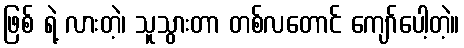
ဖြစ် ရဲ့ လားတဲ့၊ သူသွားတာ တစ်လတောင် ကျော်ပေါ့တဲ့။